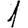
Digit: 1